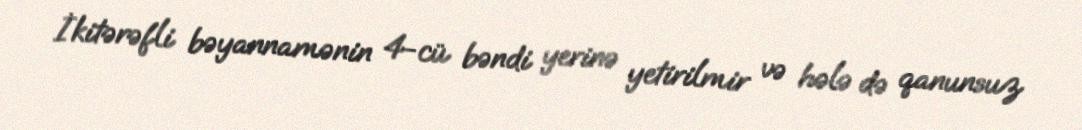
İkitərəfli bəyannamənin 4-cü bəndi yerinə yetirilmir və hələ də qanunsuz